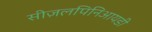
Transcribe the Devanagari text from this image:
सीज़लपिनिआयडी